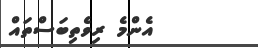
އެންމެ ރިވެތިބަސްތައް